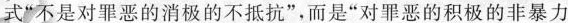
式“不是对罪恶的消极的不抵抗”，而是“对罪恶的积极的非暴力